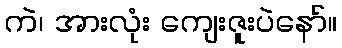
ကဲ၊ အားလုံး ကျေးဇူးပဲနော်။